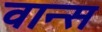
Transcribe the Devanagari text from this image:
वान्स